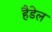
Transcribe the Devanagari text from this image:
हैडेल